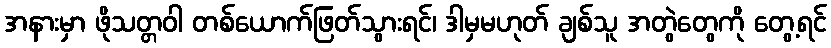
အနားမှာ ဖိုသတ္တဝါ တစ်ယောက်ဖြတ်သွားရင်၊ ဒါမှမဟုတ် ချစ်သူ အတွဲတွေကို တွေ့ရင်